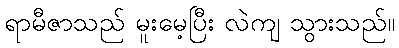
ရာမီဇာသည် မူးမေ့ပြီး လဲကျ သွားသည်။